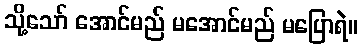
သို့သော် အောင်မည် မအောင်မည် မပြောရဲ။